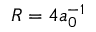
R = 4 a _ { 0 } ^ { - 1 }